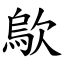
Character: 歍